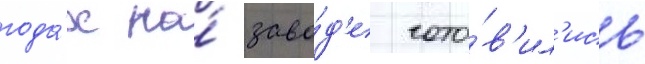
года́х на́ заво́д'е гото́в'ил'ись